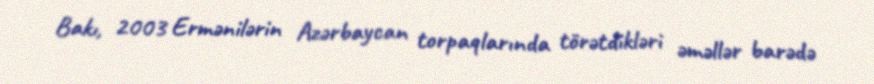
Bakı, 2003 Ermənilərin Azərbaycan torpaqlarında törətdikləri əməllər barədə